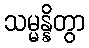
သမ္မန္နိတွာ